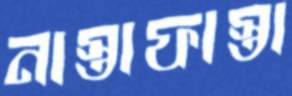
নাস্তাফাস্তা